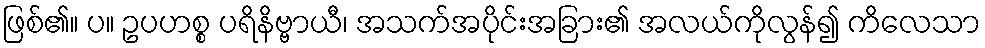
ဖြစ်၏။ ပ။ ဥပဟစ္စ ပရိနိဗ္ဗာယီ၊ အသက်အပိုင်းအခြား၏ အလယ်ကိုလွန်၍ ကိလေသာ